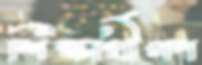
শিক্ষার্থীগণ